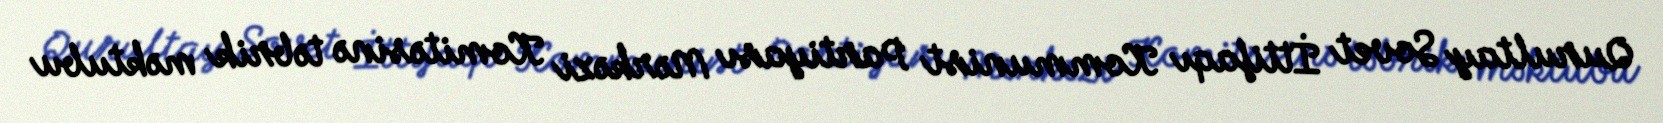
Qurultay Sovet İttifaqı Kommunist Partiyası Mərkəzi Komitəsinə təbrik məktubu